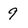
Character: 9